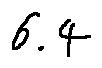
6 . 4